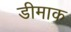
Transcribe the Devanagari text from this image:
डीमाक